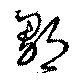
鄒